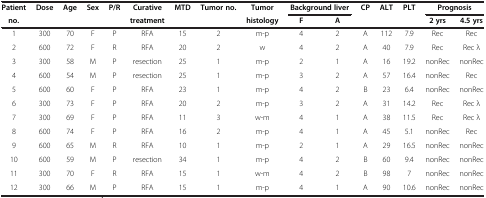
<table><thead><tr><td><b>Patient</b></td><td><b>Dose</b></td><td><b>Age</b></td><td><b>Sex</b></td><td><b>P/R</b></td><td><b>Curative</b></td><td><b>MTD</b></td><td><b>Tumor no.</b></td><td><b>Tumor</b></td><td colspan="2"><b>Background liver</b></td><td><b>CP</b></td><td><b>ALT</b></td><td><b>PLT</b></td><td colspan="2"><b>Prognosis</b></td></tr><tr><td><b>no.</b></td><td><b> </b></td><td><b> </b></td><td><b> </b></td><td><b> </b></td><td><b>treatment</b></td><td><b> </b></td><td><b> </b></td><td><b>histology</b></td><td><b>F</b></td><td><b>A</b></td><td><b> </b></td><td><b> </b></td><td><b> </b></td><td><b>2 yrs</b></td><td><b>4.5 yrs</b></td></tr></thead><tbody><tr><td>1</td><td>300</td><td>70</td><td>F</td><td>P</td><td>RFA</td><td>15</td><td>2</td><td>m-p</td><td>4</td><td>2</td><td>A</td><td>112</td><td>7.9</td><td>Rec</td><td>Rec</td></tr><tr><td>2</td><td>600</td><td>72</td><td>F</td><td>R</td><td>RFA</td><td>20</td><td>2</td><td>w</td><td>4</td><td>2</td><td>A</td><td>40</td><td>7.9</td><td>Rec</td><td>Rec λ</td></tr><tr><td>3</td><td>300</td><td>58</td><td>M</td><td>P</td><td>resection</td><td>25</td><td>1</td><td>m-p</td><td>2</td><td>1</td><td>A</td><td>16</td><td>19.2</td><td>nonRec</td><td>nonRec</td></tr><tr><td>4</td><td>600</td><td>54</td><td>M</td><td>P</td><td>resection</td><td>25</td><td>1</td><td>m-p</td><td>3</td><td>2</td><td>A</td><td>57</td><td>16.4</td><td>nonRec</td><td>Rec</td></tr><tr><td>5</td><td>600</td><td>60</td><td>F</td><td>P</td><td>RFA</td><td>23</td><td>1</td><td>m-p</td><td>4</td><td>2</td><td>B</td><td>23</td><td>6.4</td><td>nonRec</td><td>nonRec</td></tr><tr><td>6</td><td>300</td><td>73</td><td>F</td><td>P</td><td>RFA</td><td>20</td><td>2</td><td>m-p</td><td>3</td><td>2</td><td>A</td><td>31</td><td>14.2</td><td>Rec</td><td>Rec λ</td></tr><tr><td>7</td><td>300</td><td>69</td><td>F</td><td>P</td><td>RFA</td><td>11</td><td>3</td><td>w-m</td><td>4</td><td>1</td><td>A</td><td>38</td><td>11.5</td><td>Rec</td><td>Rec λ</td></tr><tr><td>8</td><td>600</td><td>74</td><td>F</td><td>P</td><td>RFA</td><td>16</td><td>2</td><td>m-p</td><td>4</td><td>1</td><td>A</td><td>45</td><td>5.1</td><td>nonRec</td><td>Rec</td></tr><tr><td>9</td><td>600</td><td>65</td><td>M</td><td>R</td><td>RFA</td><td>10</td><td>1</td><td>m-p</td><td>2</td><td>1</td><td>A</td><td>29</td><td>16.5</td><td>nonRec</td><td>nonRec</td></tr><tr><td>10</td><td>600</td><td>59</td><td>M</td><td>P</td><td>resection</td><td>34</td><td>1</td><td>m-p</td><td>4</td><td>2</td><td>B</td><td>60</td><td>9.4</td><td>nonRec</td><td>nonRec</td></tr><tr><td>11</td><td>300</td><td>70</td><td>F</td><td>R</td><td>RFA</td><td>15</td><td>1</td><td>w-m</td><td>4</td><td>2</td><td>B</td><td>98</td><td>7</td><td>nonRec</td><td>nonRec</td></tr><tr><td>12</td><td>300</td><td>66</td><td>M</td><td>P</td><td>RFA</td><td>15</td><td>1</td><td>m-p</td><td>4</td><td>1</td><td>A</td><td>90</td><td>10.6</td><td>nonRec</td><td>nonRec</td></tr></tbody></table>